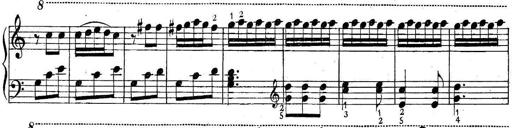
Title: 6 Easy Sonatinas
Composer: Carl Czerny